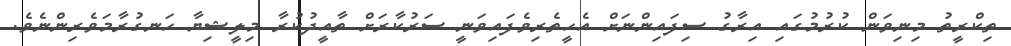
ތިކްރީތު މިނިވަން ކުރުމުގައި އިރާގު ސިފައިންނަށް އެހީތެރިވެފައިވަނީ ސަރުކާރަށް ތާއީދުކުރާ މިލީޝިޔާ ހަނގުރާމަވެރިންނެވެ.